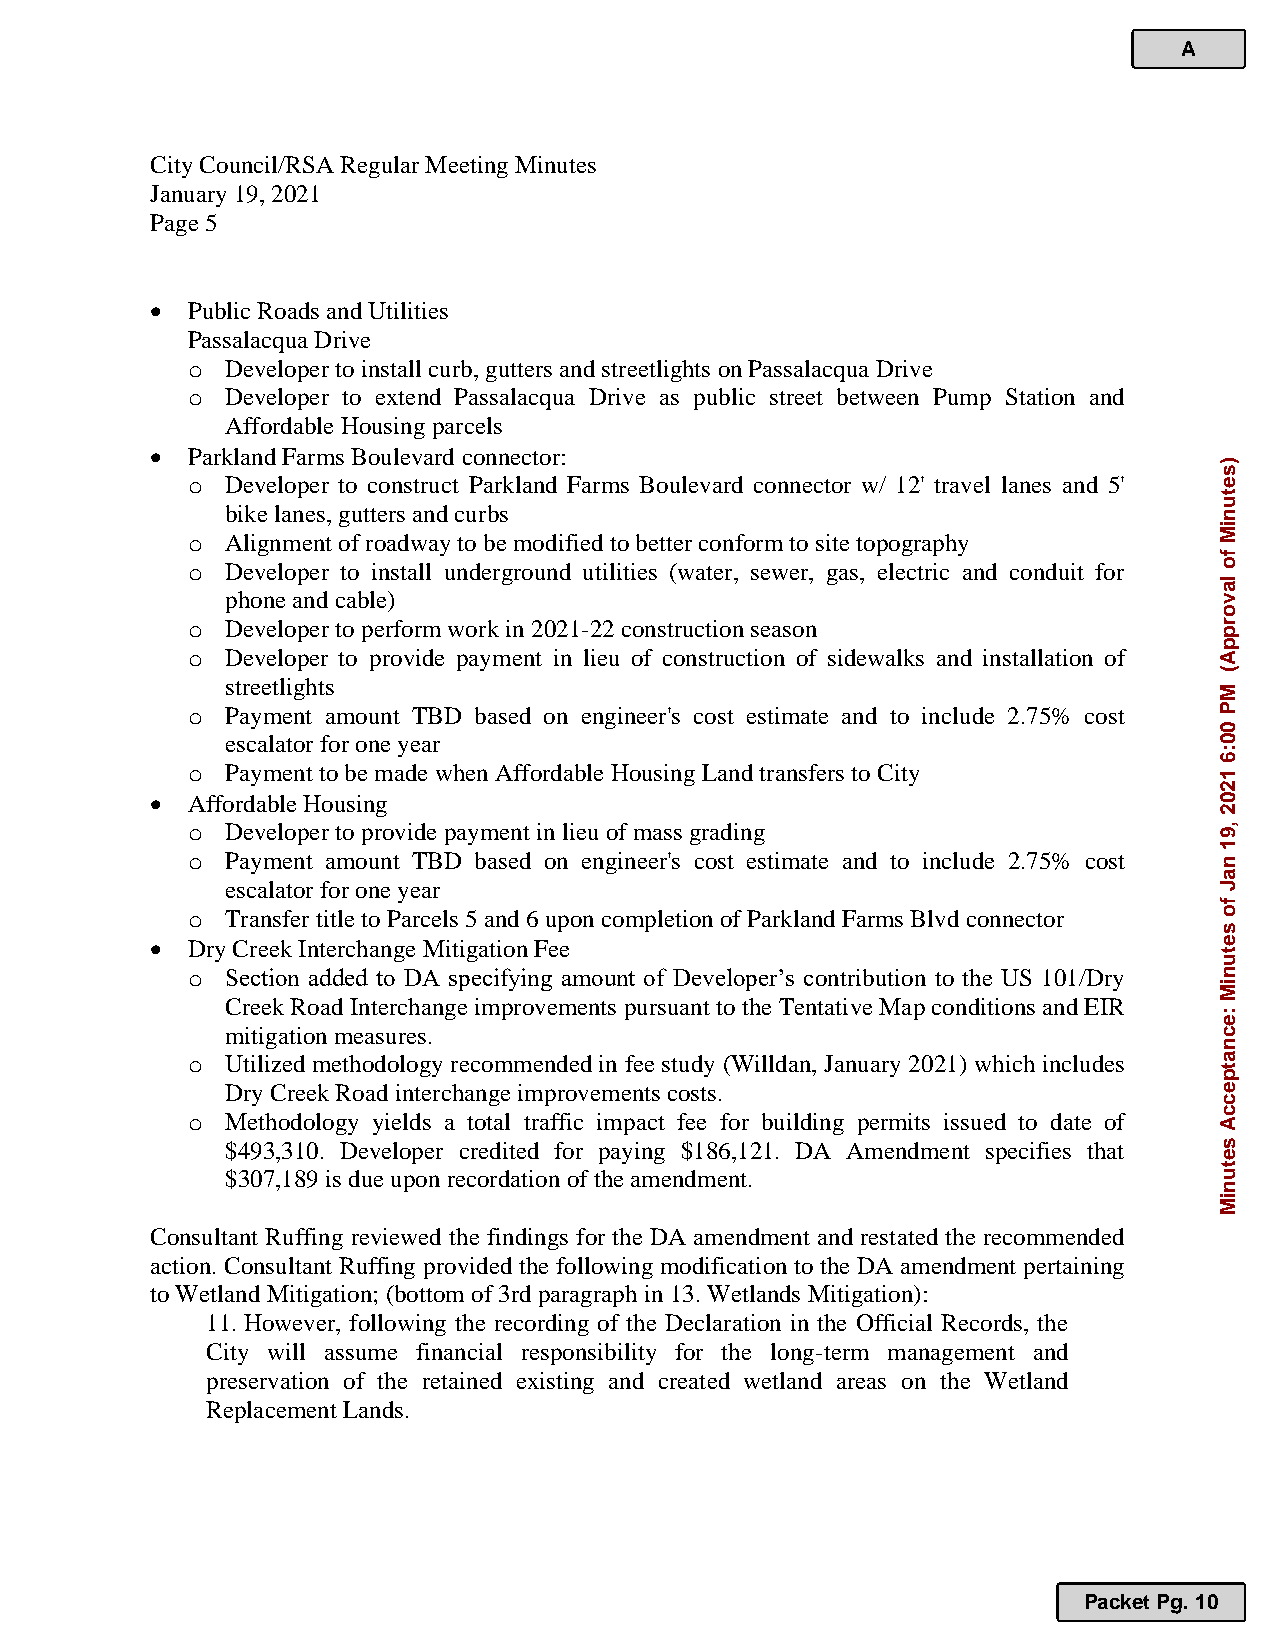
A
 City Council/RSA Regular Meeting Minutes
 January 19, 2021
 Page 5
 • Public Roads and Utilities
 Passalacqua Drive
 o  Developer to install curb, gutters and streetlights on Passalacqua Drive
 o  Developer to extend Passalacqua Drive as public street between Pump Station and
 Affordable Housing parcels
 • Parkland Farms Boulevard connector:
 o  Developer to construct Parkland Farms Boulevard connector w/ 12' travel lanes and 5'
 bike lanes, gutters and curbs
 o  Alignment of roadway to be modified to better conform to site topography
 o  Developer to install underground utilities (water, sewer, gas, electric and conduit for
 phone and cable)
 o  Developer to perform work in 2021-22 construction season
 o  Developer to provide payment in lieu of construction of sidewalks and installation of
 streetlights
 o  Payment amount TBD based on engineer's cost estimate and to include 2.75% cost
 escalator for one year
 o  Payment to be made when Affordable Housing Land transfers to City
 • Affordable Housing
 o  Developer to provide payment in lieu of mass grading
 o  Payment amount TBD based on engineer's cost estimate and to include 2.75% cost
 escalator for one year
 o  Transfer title to Parcels 5 and 6 upon completion of Parkland Farms Blvd connector
 • Dry Creek Interchange Mitigation Fee
 o  Section added to DA specifying amount of Developer’s contribution to the US 101/Dry
 Creek Road Interchange improvements pursuant to the Tentative Map conditions and EIR
 mitigation measures.
 o  Utilized methodology recommended in fee study (Willdan, January 2021) which includes
 Dry Creek Road interchange improvements costs.
 o  Methodology yields a total traffic impact fee for building permits issued to date of
 $493,310. Developer credited for paying $186,121. DA Amendment specifies that
 $307,189 is due upon recordation of the amendment.
 Consultant Ruffing reviewed the findings for the DA amendment and restated the recommended
 action. Consultant Ruffing provided the following modification to the DA amendment pertaining
 to Wetland Mitigation; (bottom of 3rd paragraph in 13. Wetlands Mitigation):
 11. However, following the recording of the Declaration in the Official Records, the
 City will assume financial responsibility for the long-term management and
 preservation of the retained existing and created wetland areas on the Wetland
 Replacement Lands.
 Packet Pg. 10
 )setuniM
 fo
 lavorppA(
 MP
 00:6
 1202
 ,91
 naJ
 fo
 setuniM
 :ecnatpeccA
 setuniM